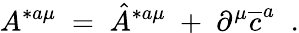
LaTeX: A^{*a\mu}\; =\; \hat{A}^{*a\mu}\; +\; \partial^{\mu}\overline{{{c}}}^{a}\; \; .